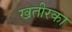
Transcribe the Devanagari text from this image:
खतीरका